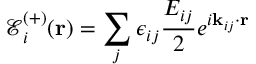
\boldsymbol { \mathcal { E } } _ { i } ^ { ( + ) } ( \mathbf { r } ) = \sum _ { j } \boldsymbol { \epsilon } _ { i j } \frac { E _ { i j } } { 2 } e ^ { i \mathbf { k } _ { i j } \cdot \mathbf { r } }